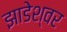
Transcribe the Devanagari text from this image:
झाडेश्वर